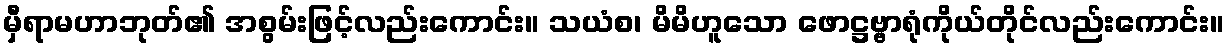
မှီရာမဟာဘုတ်၏ အစွမ်းဖြင့်လည်းကောင်း။ သယံစ၊ မိမိဟူသော ဖောဋ္ဌဗ္ဗာရုံကိုယ်တိုင်လည်းကောင်း။